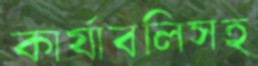
কার্যাবলিসহ